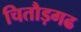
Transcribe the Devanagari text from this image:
चितौड़गढ